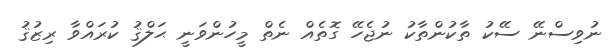
ނުވިސްނޭ ސޭކު ތާކުންތާކު ނުޖެހޭ ގޮތެއް ނެތް މީހުންވަނީ ޙަލްޤު ކުރައްވާ ރިޒުޤު